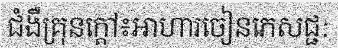
ជំងឺគ្រុនក្តៅ៖អាហារចៀនភេសជ្ជ: